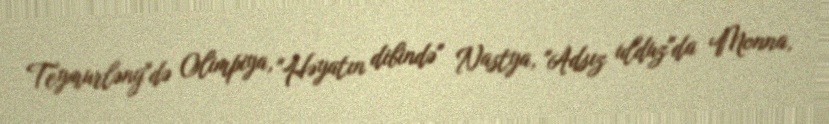
Teymurləng"də Olimpiya, "Həyatın dibində" Nastya, "Adsız ulduz"da Monna,